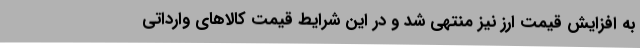
به افزایش قیمت ارز نیز منتهی شد و در این شرایط قیمت کالاهای وارداتی